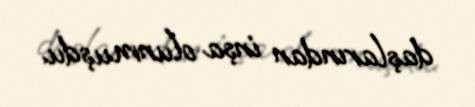
daşlarından inşa olunmuşdu.